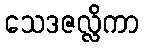
သေဒဇလ္လိကာ